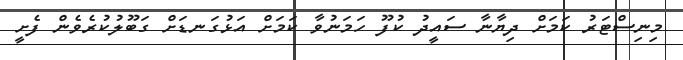
މިނިސްޓަރު ކަމަށް ދިޔާނާ ސައީދު ކުފޫ ހަމަނުވާ ކަމަށް އަޅުގަނޑަށް ގަބޫލުކުރެވެން ފެށީ